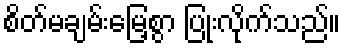
စိတ်မချမ်းမြေ့စွာ ပြုံးလိုက်သည်။